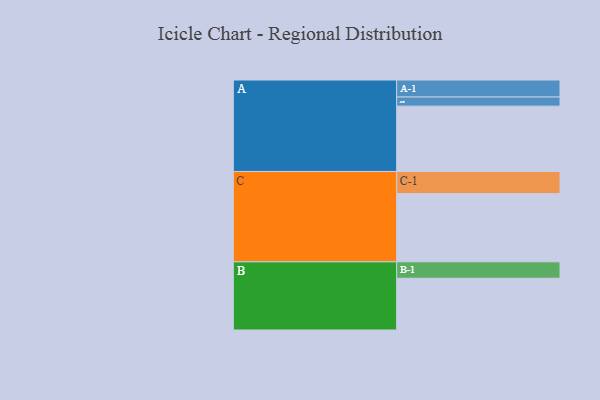
{"axis": {"x": "Segment", "y": "Value"}, "legend": ["", "A", "B", "C"], "data": [{"x": "A", "y": 530, "type": ""}, {"x": "B", "y": 420, "type": ""}, {"x": "C", "y": 554, "type": ""}, {"x": "A-1", "y": 138, "type": "A"}, {"x": "A-2", "y": 74, "type": "A"}, {"x": "B-1", "y": 133, "type": "B"}, {"x": "C-1", "y": 179, "type": "C"}]}